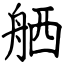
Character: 舾